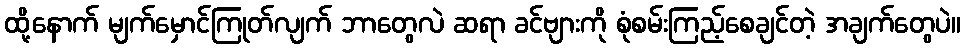
ထို့နောက် မျက်မှောင်ကြုတ်လျက် ဘာတွေလဲ ဆရာ ခင်ဗျားကို စုံစမ်းကြည့်စေချင်တဲ့ အချက်တွေပဲ။